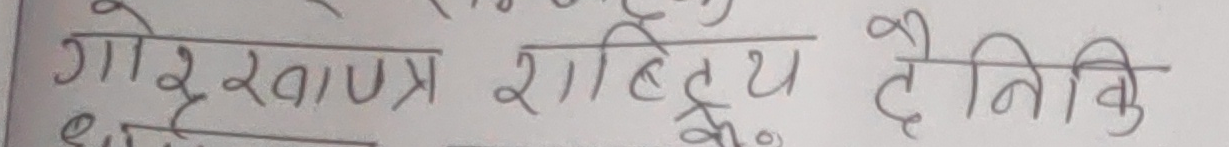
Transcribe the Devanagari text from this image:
गोरखापत्र साहित्य दैनिक